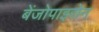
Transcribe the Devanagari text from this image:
बेंजोपाइरोन